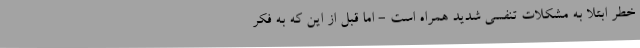
خطر ابتلا به مشکلات تنفسی شدید همراه است - اما قبل از این که به فکر